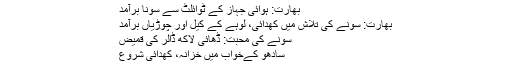
بھارت: ہوائی جہاز کے ٹوائلٹ سے سونا برآمد
بھارت: سونے کی تلاش میں کھدائی، لوہے کے کیل اور چوڑیاں برآمد
سونے کی محبت: ڈھائی لاکھ ڈالر کی قمیض
سادھو کےخواب میں خزانہ، کُھدائی شروع